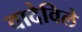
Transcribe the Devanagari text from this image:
वादेविले